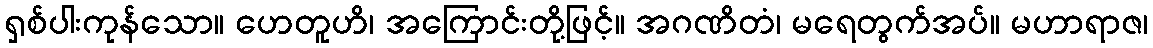
ရှစ်ပါးကုန်သော။ ဟေတူဟိ၊ အကြောင်းတို့ဖြင့်။ အဂဏိတံ၊ မရေတွက်အပ်။ မဟာရာဇ၊